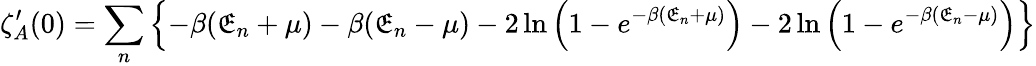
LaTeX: \zeta_{A}^{\prime}(0)=\sum_{n}\left\{ -\beta(\mathfrak{E}_{n}+\mu)-\beta(\mathfrak{E}_{n}-\mu)-2\ln\left(1-e^{-\beta(\mathfrak{E}_{n}+\mu)}\right)-2\ln\left(1-e^{-\beta(\mathfrak{E}_{n}-\mu)}\right)\right\}